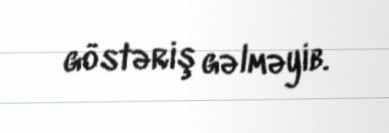
göstəriş gəlməyib.